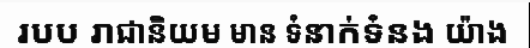
របប រាជានិយម មាន ទំនាក់ទំនង យ៉ាង